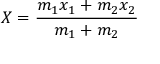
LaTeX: X = { \frac { m _ { 1 } x _ { 1 } + m _ { 2 } x _ { 2 } } { m _ { 1 } + m _ { 2 } } }